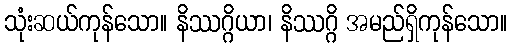
သုံးဆယ်ကုန်သော။ နိဿဂ္ဂိယာ၊ နိဿဂ္ဂိ အမည်ရှိကုန်သော။